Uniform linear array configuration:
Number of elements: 4
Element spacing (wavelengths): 1
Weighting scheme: hann
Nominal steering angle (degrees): -15
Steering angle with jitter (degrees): -14.534
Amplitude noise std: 0.05
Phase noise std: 0.05

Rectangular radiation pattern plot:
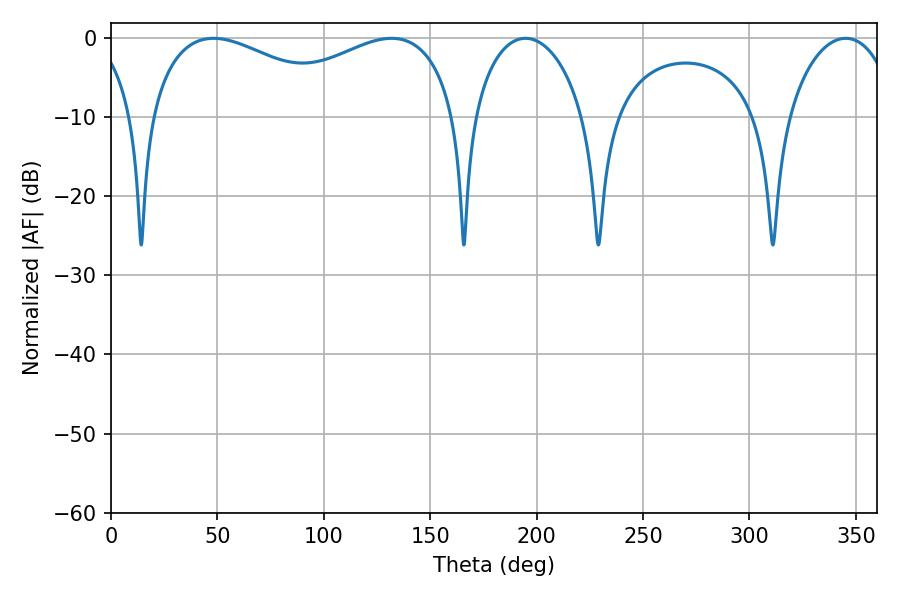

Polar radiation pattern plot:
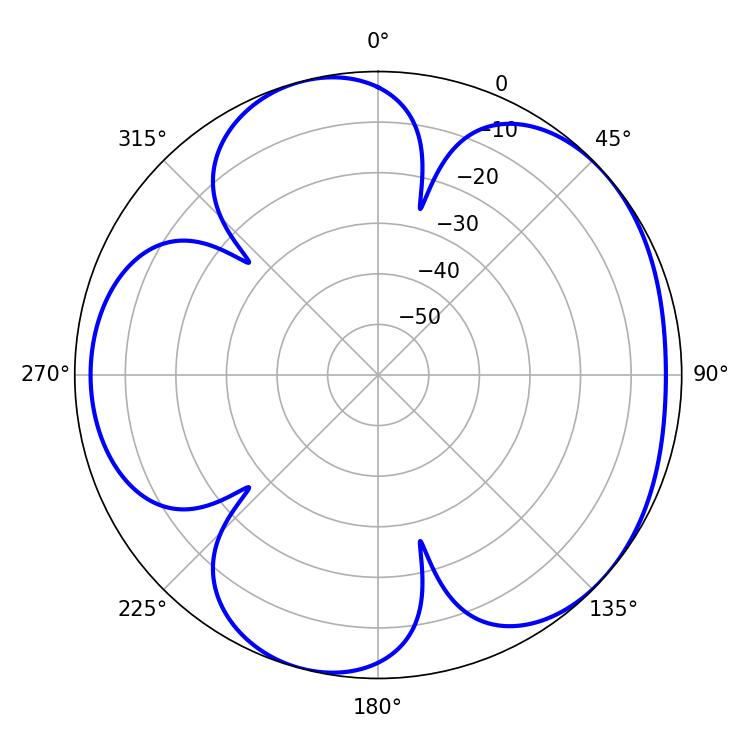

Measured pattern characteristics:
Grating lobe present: TRUE
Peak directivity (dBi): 4.78
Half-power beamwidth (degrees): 29.88
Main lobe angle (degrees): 194.76